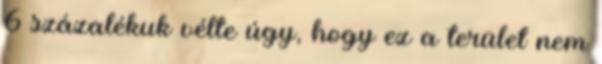
6 százalékuk vélte úgy, hogy ez a terület nem